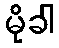
မိုခါ